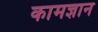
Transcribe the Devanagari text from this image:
कामज्ञान